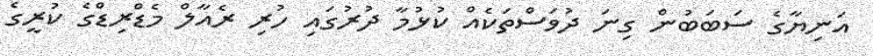
އަނިޔާގެ ސަބަބުން ގިނަ ދުވަސްތަކެއް ކުޅުމާ ދުރުގައި ހުރި ރެއާލް މެޑްރިޑްގެ ކުރީގެ